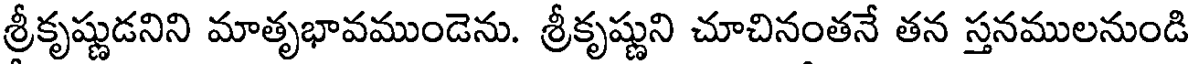
శ్రీకృష్ణుడనిని మాతృభావముండెను. శ్రీకృష్ణుని చూచినంతనే తన స్తనములనుండి